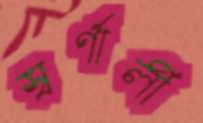
স্বর্ণালী